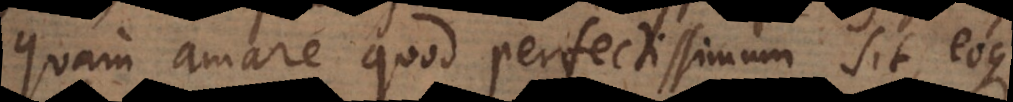
quam amare quod perfectissimum sit, eoque